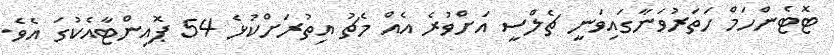
ޓޮޓެންހަމް ހަތަރުވަނާގައިވަނީ ޗެލްސީ އަށްވުރެ އެއް މެޗު އިތުރަށްކުޅެ 54 ޕޮއިންޓާއެކުގަ އެވެ.